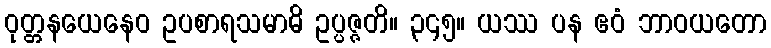
ဝုတ္တနယေနေဝ ဥပစာရသမာဓိ ဥပ္ပဇ္ဇတိ။ ၃၄၅။ ယဿ ပန ဧဝံ ဘာဝယတော